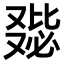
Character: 𠭺